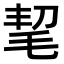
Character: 𣭭